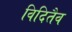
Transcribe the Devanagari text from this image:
विदितैव